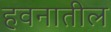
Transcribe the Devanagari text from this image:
हवनातील